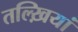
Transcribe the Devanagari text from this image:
तल्ख़ियां